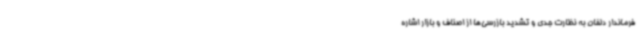
فرماندار دلفان به نظارت جدی و تشدید بازرسی‌ها از اصناف و بازار اشاره